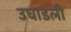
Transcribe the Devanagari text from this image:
उघाडली